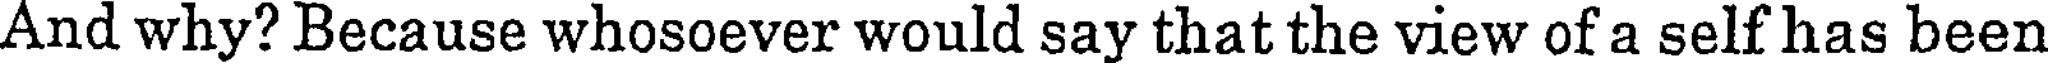
And why? Because whosoever would say that the view of a self has been